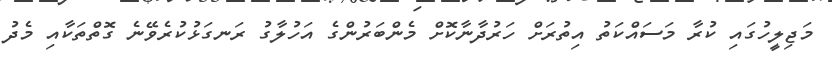
މަޖިލީހުގައި ކުރާ މަސައްކަތު އިތުރަށް ހަރުދާނާކޮށް މެންބަރުންގެ އަހުލާގު ރަނގަޅުކުރެވޭނެ ގޮތްތަކާއި މެދު